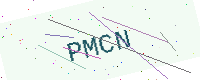
Text: PMCN